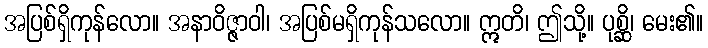
အပြစ်ရှိကုန်လော။ အနာဝိဇ္ဇာဝါ၊ အပြစ်မရှိကုန်သလော။ ဣတိ၊ ဤသို့။ ပုစ္ဆိ၊ မေး၏။